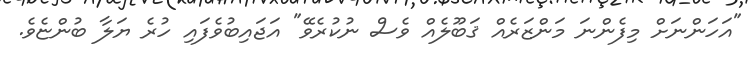
"އަހަންނަށް މިފެންނަ މަންޒަރެއް ޤަބޫލެއް ވެސް ނުކުރެވޭ" އަޖައިބުވެފައި ހުރެ ޔަލާ ބުންޏެވެ.